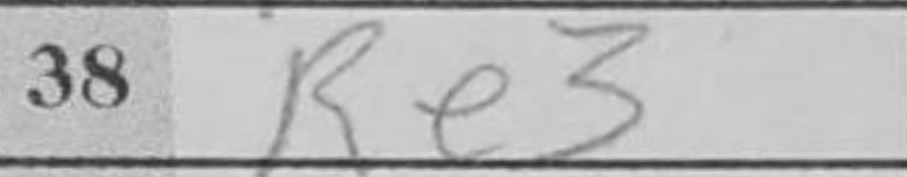
Transcription: Re3